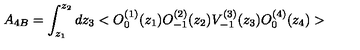
A _ { 4 B } = \int _ { z _ { 1 } } ^ { z _ { 2 } } d z _ { 3 } < O _ { 0 } ^ { ( 1 ) } ( z _ { 1 } ) O _ { - 1 } ^ { ( 2 ) } ( z _ { 2 } ) V _ { - 1 } ^ { ( 3 ) } ( z _ { 3 } ) O _ { 0 } ^ { ( 4 ) } ( z _ { 4 } ) >